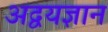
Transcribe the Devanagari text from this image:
अद्वयज्ञान